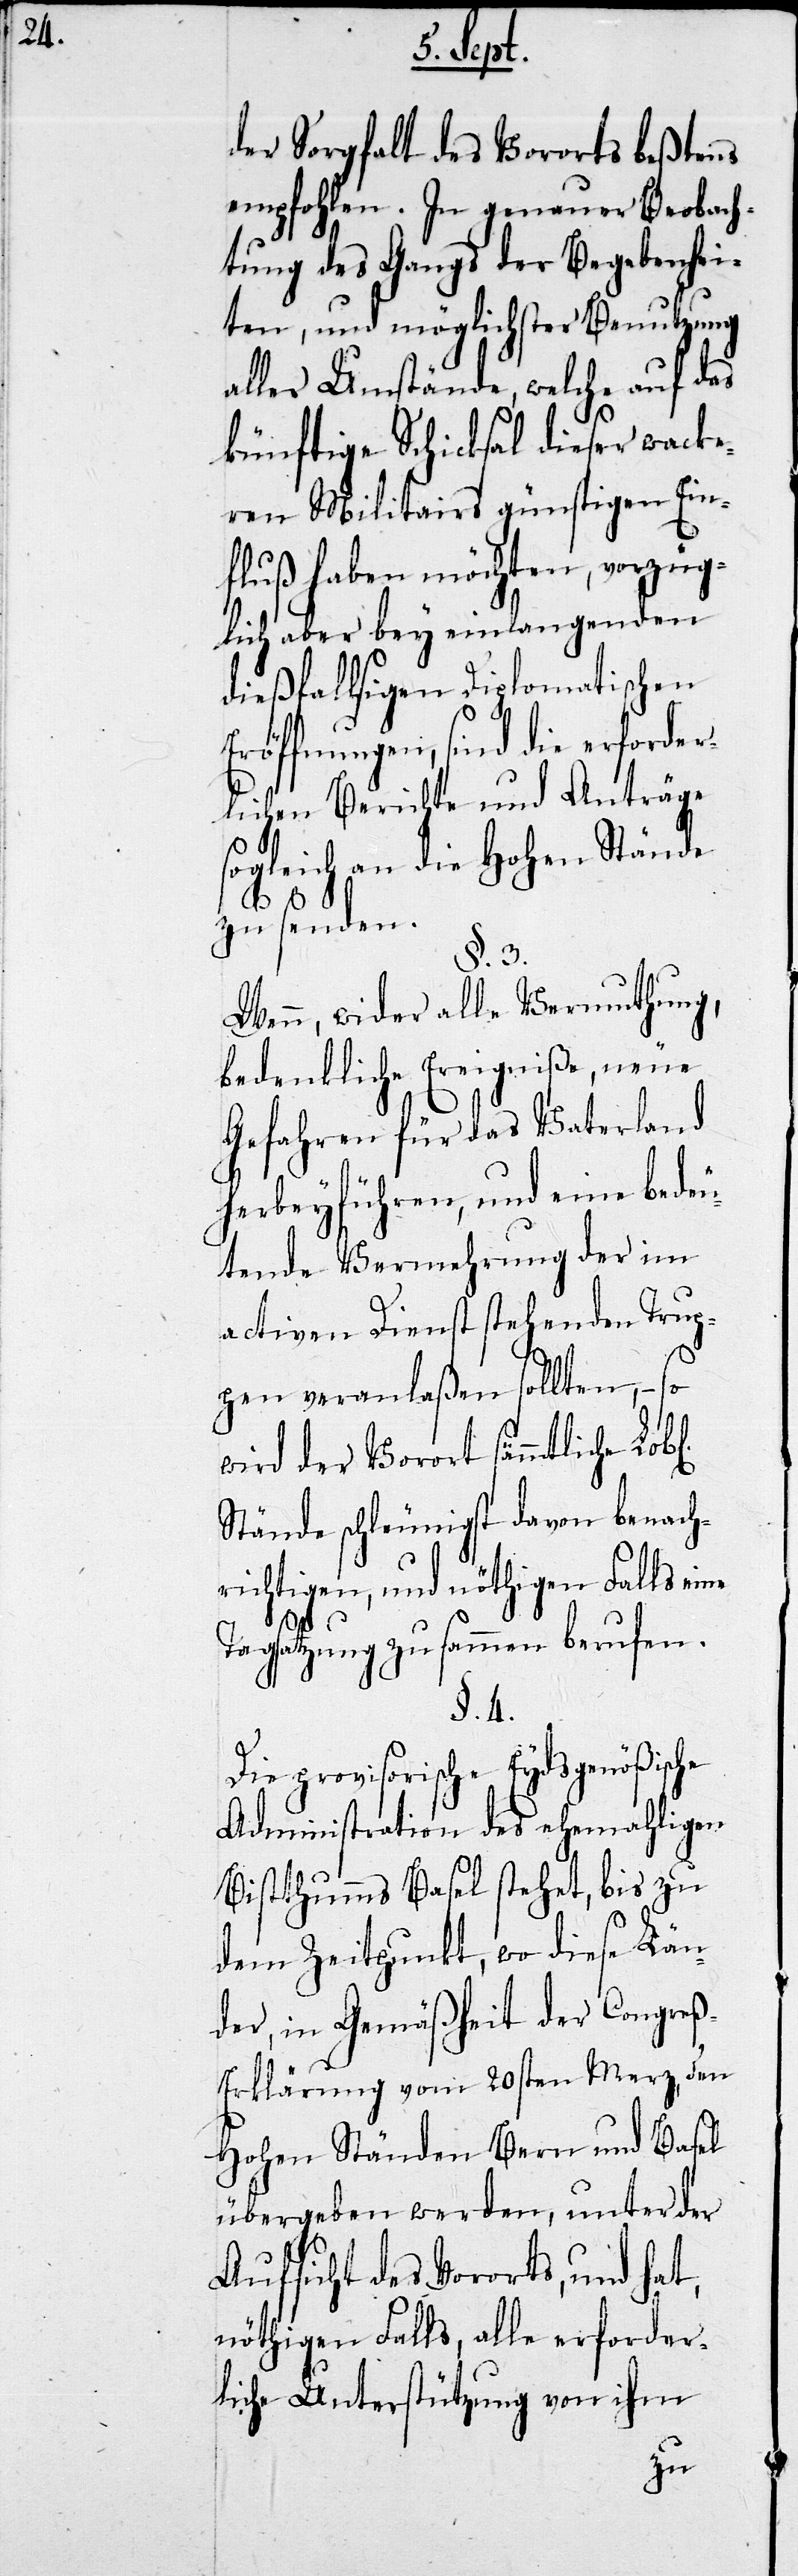
der Sorgfalt des Vororts beßtens
empfohlen. In gemeinsamer Beobach¬
tung des Gangs der Begebenhei¬
ten, und möglichster Benutzung
aller Umstände, welche auf das
künftige Schicksal dieser wacke¬
ren Militairs günstigen Ein¬
fluß haben möchten, vorzüg¬
lich aber bey einlangenden
Eröffnungen, sind die erforder¬
lichen Berichte und Anträge
sogleich an die Hohen Stände
zu senden.
§. 3.
Wenn, wider alle Vermuthung,
bedenkliche Ereigniße, neue
Gefahren für das Vaterland
herbeyführen, und eine bedeu¬
tende Vermehrung der im
activen Dienst stehenden Trup¬
pen veranlaßen sollten, –
wird der Vorort sämmtliche Lob¬
Stände schleunigst davon benach¬
richtigen, und nöthigen Falls
fen.
Tagsatzung zusammen beru¬
§. 4.
Die provisorische eydsgenößische
Administration des ehemaligen
Bistthumms Basel stehet, bis zu
dem Zeitpunkt, wo diese Län¬
der, in Gemäßheit der Congre¬
ß-Erklärung vom 20sten Merz den
Hohen Ständen Bern und Basel
übergeben werden, unter der
Aufsicht des Vororts, und hat,
nöthigen Falls, alle erforde¬
rliche Unterstützung von ihm